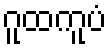
ဂူထကူပံ